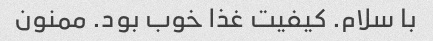
با سلام. کیفیت غذا خوب بود. ممنون